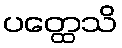
ပတ္ထေသိ